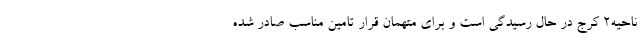
ناحیه۲ کرج در حال رسیدگی است و برای متهمان قرار تامین مناسب صادر شده